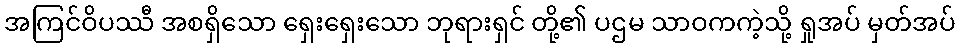
အကြင်ဝိပဿီ အစရှိသော ရှေးရှေးသော ဘုရားရှင် တို့၏ ပဌမ သာဝကကဲ့သို့ ရှုအပ် မှတ်အပ်